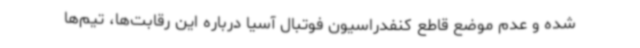
شده و عدم موضع قاطع کنفدراسیون فوتبال آسیا درباره این رقابت‌ها، تیم‌ها